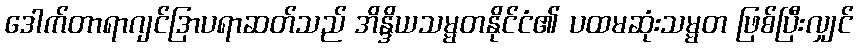
ဒေါက်တာရာဂျင်ဒြာပရာဆတ်သည် အိန္ဒိယသမ္မတနိုင်ငံ၏ ပထမဆုံးသမ္မတ ဖြစ်ပြီးလျှင်